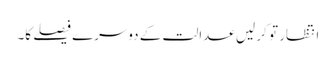
انتظار تو کر لیں عدالت کے دوسرے فیصلے کا۔